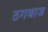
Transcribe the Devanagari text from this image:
ठगबाज